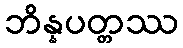
ဘိန္နပတ္တဿ